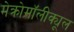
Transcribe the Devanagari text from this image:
मेक्रोमॉलीक्यूल